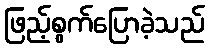
ဖြည့်စွက်ပြောခဲ့သည်